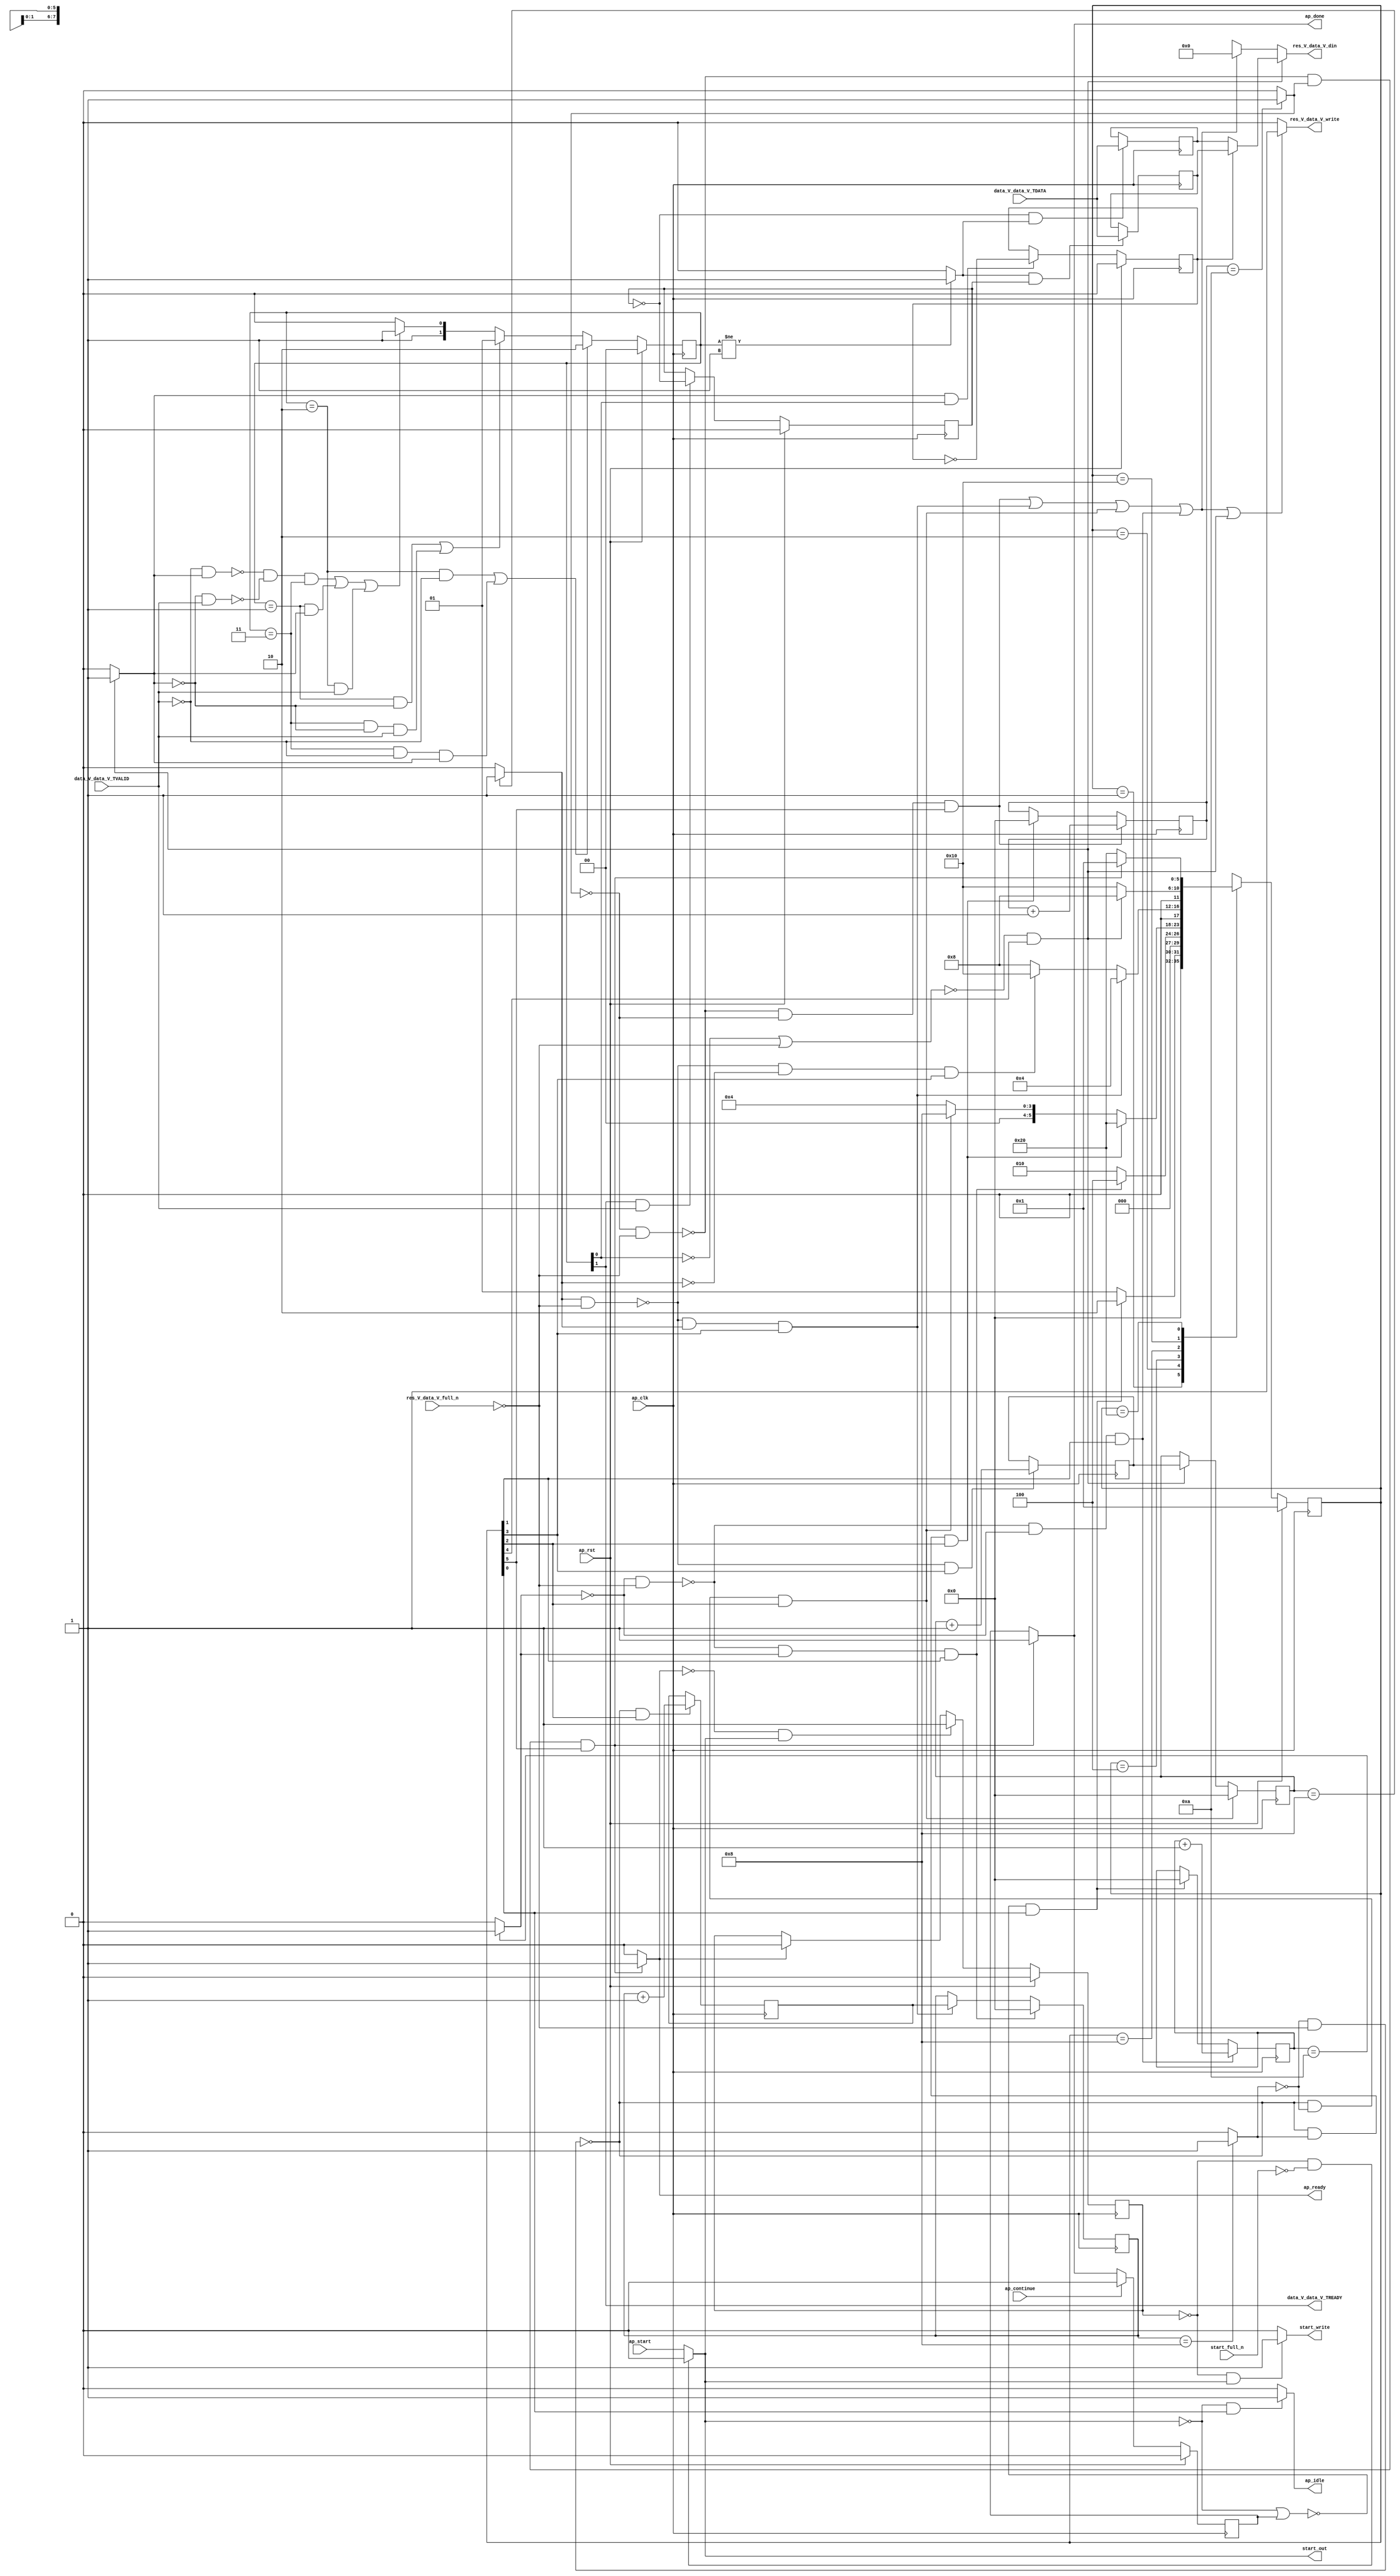
// ==============================================================
// RTL generated by Vivado(TM) HLS - High-Level Synthesis from C, C++ and SystemC
// Version: 2018.2
// Copyright (C) 1986-2018 Xilinx, Inc. All Rights Reserved.
// 
// ===========================================================

`timescale 1 ns / 1 ps 

module zeropad2d_cl_array_array_ap_fixed_1u_config6_s (
        ap_clk,
        ap_rst,
        ap_start,
        start_full_n,
        ap_done,
        ap_continue,
        ap_idle,
        ap_ready,
        start_out,
        start_write,
        data_V_data_V_TDATA,
        data_V_data_V_TVALID,
        data_V_data_V_TREADY,
        res_V_data_V_din,
        res_V_data_V_full_n,
        res_V_data_V_write
);

parameter    ap_ST_fsm_state1 = 6'd1;
parameter    ap_ST_fsm_state2 = 6'd2;
parameter    ap_ST_fsm_state3 = 6'd4;
parameter    ap_ST_fsm_state4 = 6'd8;
parameter    ap_ST_fsm_state5 = 6'd16;
parameter    ap_ST_fsm_state6 = 6'd32;

input   ap_clk;
input   ap_rst;
input   ap_start;
input   start_full_n;
output   ap_done;
input   ap_continue;
output   ap_idle;
output   ap_ready;
output   start_out;
output   start_write;
input  [7:0] data_V_data_V_TDATA;
input   data_V_data_V_TVALID;
output   data_V_data_V_TREADY;
output  [7:0] res_V_data_V_din;
input   res_V_data_V_full_n;
output   res_V_data_V_write;

reg ap_done;
reg ap_idle;
reg start_write;
reg[7:0] res_V_data_V_din;
reg res_V_data_V_write;

reg    real_start;
reg    start_once_reg;
reg    ap_done_reg;
(* fsm_encoding = "none" *) reg   [5:0] ap_CS_fsm;
wire    ap_CS_fsm_state1;
reg    internal_ap_ready;
reg   [7:0] data_V_data_V_0_data_out;
wire    data_V_data_V_0_vld_in;
wire    data_V_data_V_0_vld_out;
wire    data_V_data_V_0_ack_in;
reg    data_V_data_V_0_ack_out;
reg   [7:0] data_V_data_V_0_payload_A;
reg   [7:0] data_V_data_V_0_payload_B;
reg    data_V_data_V_0_sel_rd;
reg    data_V_data_V_0_sel_wr;
wire    data_V_data_V_0_sel;
wire    data_V_data_V_0_load_A;
wire    data_V_data_V_0_load_B;
reg   [1:0] data_V_data_V_0_state;
wire    data_V_data_V_0_state_cmp_full;
reg    data_V_data_V_TDATA_blk_n;
wire    ap_CS_fsm_state5;
reg    res_V_data_V_blk_n;
wire    ap_CS_fsm_state2;
wire   [0:0] tmp_fu_135_p2;
wire    ap_CS_fsm_state3;
wire   [0:0] tmp_3_fu_147_p2;
wire    ap_CS_fsm_state4;
wire   [0:0] tmp_6_fu_159_p2;
wire    ap_CS_fsm_state6;
wire   [0:0] tmp_5_fu_171_p2;
wire   [3:0] j_1_fu_141_p2;
reg    ap_block_state2;
wire   [3:0] i_fu_153_p2;
reg   [3:0] i_reg_194;
reg    ap_block_state3;
wire   [3:0] j_3_fu_165_p2;
reg   [3:0] j_3_reg_202;
reg    ap_block_state4;
wire   [3:0] j_2_fu_177_p2;
reg    ap_block_state6;
reg   [3:0] j_reg_91;
reg    ap_block_state1;
reg   [3:0] i1_reg_102;
reg   [3:0] j3_reg_113;
reg    ap_block_state5;
reg   [3:0] j6_reg_124;
reg   [5:0] ap_NS_fsm;

// power-on initialization
initial begin
#0 start_once_reg = 1'b0;
#0 ap_done_reg = 1'b0;
#0 ap_CS_fsm = 6'd1;
#0 data_V_data_V_0_sel_rd = 1'b0;
#0 data_V_data_V_0_sel_wr = 1'b0;
#0 data_V_data_V_0_state = 2'd0;
end

always @ (posedge ap_clk) begin
    if (ap_rst == 1'b1) begin
        ap_CS_fsm <= ap_ST_fsm_state1;
    end else begin
        ap_CS_fsm <= ap_NS_fsm;
    end
end

always @ (posedge ap_clk) begin
    if (ap_rst == 1'b1) begin
        ap_done_reg <= 1'b0;
    end else begin
        if ((ap_continue == 1'b1)) begin
            ap_done_reg <= 1'b0;
        end else if ((~((tmp_5_fu_171_p2 == 1'd0) & (res_V_data_V_full_n == 1'b0)) & (tmp_5_fu_171_p2 == 1'd1) & (1'b1 == ap_CS_fsm_state6))) begin
            ap_done_reg <= 1'b1;
        end
    end
end

always @ (posedge ap_clk) begin
    if (ap_rst == 1'b1) begin
        data_V_data_V_0_sel_rd <= 1'b0;
    end else begin
        if (((data_V_data_V_0_ack_out == 1'b1) & (data_V_data_V_0_vld_out == 1'b1))) begin
            data_V_data_V_0_sel_rd <= ~data_V_data_V_0_sel_rd;
        end
    end
end

always @ (posedge ap_clk) begin
    if (ap_rst == 1'b1) begin
        data_V_data_V_0_sel_wr <= 1'b0;
    end else begin
        if (((data_V_data_V_0_ack_in == 1'b1) & (data_V_data_V_0_vld_in == 1'b1))) begin
            data_V_data_V_0_sel_wr <= ~data_V_data_V_0_sel_wr;
        end
    end
end

always @ (posedge ap_clk) begin
    if (ap_rst == 1'b1) begin
        data_V_data_V_0_state <= 2'd0;
    end else begin
        if ((((data_V_data_V_0_state == 2'd2) & (data_V_data_V_0_vld_in == 1'b0)) | ((data_V_data_V_0_state == 2'd3) & (data_V_data_V_0_vld_in == 1'b0) & (data_V_data_V_0_ack_out == 1'b1)))) begin
            data_V_data_V_0_state <= 2'd2;
        end else if ((((data_V_data_V_0_state == 2'd1) & (data_V_data_V_0_ack_out == 1'b0)) | ((data_V_data_V_0_state == 2'd3) & (data_V_data_V_0_ack_out == 1'b0) & (data_V_data_V_0_vld_in == 1'b1)))) begin
            data_V_data_V_0_state <= 2'd1;
        end else if (((~((data_V_data_V_0_vld_in == 1'b0) & (data_V_data_V_0_ack_out == 1'b1)) & ~((data_V_data_V_0_ack_out == 1'b0) & (data_V_data_V_0_vld_in == 1'b1)) & (data_V_data_V_0_state == 2'd3)) | ((data_V_data_V_0_state == 2'd1) & (data_V_data_V_0_ack_out == 1'b1)) | ((data_V_data_V_0_state == 2'd2) & (data_V_data_V_0_vld_in == 1'b1)))) begin
            data_V_data_V_0_state <= 2'd3;
        end else begin
            data_V_data_V_0_state <= 2'd2;
        end
    end
end

always @ (posedge ap_clk) begin
    if (ap_rst == 1'b1) begin
        start_once_reg <= 1'b0;
    end else begin
        if (((internal_ap_ready == 1'b0) & (real_start == 1'b1))) begin
            start_once_reg <= 1'b1;
        end else if ((internal_ap_ready == 1'b1)) begin
            start_once_reg <= 1'b0;
        end
    end
end

always @ (posedge ap_clk) begin
    if ((~((tmp_fu_135_p2 == 1'd0) & (res_V_data_V_full_n == 1'b0)) & (tmp_fu_135_p2 == 1'd1) & (1'b1 == ap_CS_fsm_state2))) begin
        i1_reg_102 <= 4'd0;
    end else if ((~((tmp_6_fu_159_p2 == 1'd1) & (res_V_data_V_full_n == 1'b0)) & (tmp_6_fu_159_p2 == 1'd1) & (1'b1 == ap_CS_fsm_state4))) begin
        i1_reg_102 <= i_reg_194;
    end
end

always @ (posedge ap_clk) begin
    if ((~((tmp_3_fu_147_p2 == 1'd0) & (res_V_data_V_full_n == 1'b0)) & (tmp_3_fu_147_p2 == 1'd0) & (1'b1 == ap_CS_fsm_state3))) begin
        j3_reg_113 <= 4'd0;
    end else if ((~((data_V_data_V_0_vld_out == 1'b0) | (res_V_data_V_full_n == 1'b0)) & (1'b1 == ap_CS_fsm_state5))) begin
        j3_reg_113 <= j_3_reg_202;
    end
end

always @ (posedge ap_clk) begin
    if ((~((tmp_5_fu_171_p2 == 1'd0) & (res_V_data_V_full_n == 1'b0)) & (tmp_5_fu_171_p2 == 1'd0) & (1'b1 == ap_CS_fsm_state6))) begin
        j6_reg_124 <= j_2_fu_177_p2;
    end else if ((~((tmp_3_fu_147_p2 == 1'd0) & (res_V_data_V_full_n == 1'b0)) & (tmp_3_fu_147_p2 == 1'd1) & (1'b1 == ap_CS_fsm_state3))) begin
        j6_reg_124 <= 4'd0;
    end
end

always @ (posedge ap_clk) begin
    if ((~((tmp_fu_135_p2 == 1'd0) & (res_V_data_V_full_n == 1'b0)) & (tmp_fu_135_p2 == 1'd0) & (1'b1 == ap_CS_fsm_state2))) begin
        j_reg_91 <= j_1_fu_141_p2;
    end else if ((~((real_start == 1'b0) | (ap_done_reg == 1'b1)) & (1'b1 == ap_CS_fsm_state1))) begin
        j_reg_91 <= 4'd0;
    end
end

always @ (posedge ap_clk) begin
    if ((data_V_data_V_0_load_A == 1'b1)) begin
        data_V_data_V_0_payload_A <= data_V_data_V_TDATA;
    end
end

always @ (posedge ap_clk) begin
    if ((data_V_data_V_0_load_B == 1'b1)) begin
        data_V_data_V_0_payload_B <= data_V_data_V_TDATA;
    end
end

always @ (posedge ap_clk) begin
    if ((~((tmp_3_fu_147_p2 == 1'd0) & (res_V_data_V_full_n == 1'b0)) & (1'b1 == ap_CS_fsm_state3))) begin
        i_reg_194 <= i_fu_153_p2;
    end
end

always @ (posedge ap_clk) begin
    if ((~((tmp_6_fu_159_p2 == 1'd1) & (res_V_data_V_full_n == 1'b0)) & (1'b1 == ap_CS_fsm_state4))) begin
        j_3_reg_202 <= j_3_fu_165_p2;
    end
end

always @ (*) begin
    if ((~((tmp_5_fu_171_p2 == 1'd0) & (res_V_data_V_full_n == 1'b0)) & (tmp_5_fu_171_p2 == 1'd1) & (1'b1 == ap_CS_fsm_state6))) begin
        ap_done = 1'b1;
    end else begin
        ap_done = ap_done_reg;
    end
end

always @ (*) begin
    if (((real_start == 1'b0) & (1'b1 == ap_CS_fsm_state1))) begin
        ap_idle = 1'b1;
    end else begin
        ap_idle = 1'b0;
    end
end

always @ (*) begin
    if ((~((data_V_data_V_0_vld_out == 1'b0) | (res_V_data_V_full_n == 1'b0)) & (1'b1 == ap_CS_fsm_state5))) begin
        data_V_data_V_0_ack_out = 1'b1;
    end else begin
        data_V_data_V_0_ack_out = 1'b0;
    end
end

always @ (*) begin
    if ((data_V_data_V_0_sel == 1'b1)) begin
        data_V_data_V_0_data_out = data_V_data_V_0_payload_B;
    end else begin
        data_V_data_V_0_data_out = data_V_data_V_0_payload_A;
    end
end

always @ (*) begin
    if ((1'b1 == ap_CS_fsm_state5)) begin
        data_V_data_V_TDATA_blk_n = data_V_data_V_0_state[1'd0];
    end else begin
        data_V_data_V_TDATA_blk_n = 1'b1;
    end
end

always @ (*) begin
    if ((~((tmp_5_fu_171_p2 == 1'd0) & (res_V_data_V_full_n == 1'b0)) & (tmp_5_fu_171_p2 == 1'd1) & (1'b1 == ap_CS_fsm_state6))) begin
        internal_ap_ready = 1'b1;
    end else begin
        internal_ap_ready = 1'b0;
    end
end

always @ (*) begin
    if (((start_once_reg == 1'b0) & (start_full_n == 1'b0))) begin
        real_start = 1'b0;
    end else begin
        real_start = ap_start;
    end
end

always @ (*) begin
    if (((1'b1 == ap_CS_fsm_state5) | ((tmp_5_fu_171_p2 == 1'd0) & (1'b1 == ap_CS_fsm_state6)) | ((tmp_6_fu_159_p2 == 1'd1) & (1'b1 == ap_CS_fsm_state4)) | ((tmp_3_fu_147_p2 == 1'd0) & (1'b1 == ap_CS_fsm_state3)) | ((tmp_fu_135_p2 == 1'd0) & (1'b1 == ap_CS_fsm_state2)))) begin
        res_V_data_V_blk_n = res_V_data_V_full_n;
    end else begin
        res_V_data_V_blk_n = 1'b1;
    end
end

always @ (*) begin
    if ((~((data_V_data_V_0_vld_out == 1'b0) | (res_V_data_V_full_n == 1'b0)) & (1'b1 == ap_CS_fsm_state5))) begin
        res_V_data_V_din = data_V_data_V_0_data_out;
    end else if (((~((tmp_5_fu_171_p2 == 1'd0) & (res_V_data_V_full_n == 1'b0)) & (tmp_5_fu_171_p2 == 1'd0) & (1'b1 == ap_CS_fsm_state6)) | (~((tmp_6_fu_159_p2 == 1'd1) & (res_V_data_V_full_n == 1'b0)) & (tmp_6_fu_159_p2 == 1'd1) & (1'b1 == ap_CS_fsm_state4)) | (~((tmp_3_fu_147_p2 == 1'd0) & (res_V_data_V_full_n == 1'b0)) & (tmp_3_fu_147_p2 == 1'd0) & (1'b1 == ap_CS_fsm_state3)) | (~((tmp_fu_135_p2 == 1'd0) & (res_V_data_V_full_n == 1'b0)) & (tmp_fu_135_p2 == 1'd0) & (1'b1 == ap_CS_fsm_state2)))) begin
        res_V_data_V_din = 8'd0;
    end else begin
        res_V_data_V_din = 'bx;
    end
end

always @ (*) begin
    if (((~((tmp_5_fu_171_p2 == 1'd0) & (res_V_data_V_full_n == 1'b0)) & (tmp_5_fu_171_p2 == 1'd0) & (1'b1 == ap_CS_fsm_state6)) | (~((tmp_6_fu_159_p2 == 1'd1) & (res_V_data_V_full_n == 1'b0)) & (tmp_6_fu_159_p2 == 1'd1) & (1'b1 == ap_CS_fsm_state4)) | (~((tmp_3_fu_147_p2 == 1'd0) & (res_V_data_V_full_n == 1'b0)) & (tmp_3_fu_147_p2 == 1'd0) & (1'b1 == ap_CS_fsm_state3)) | (~((tmp_fu_135_p2 == 1'd0) & (res_V_data_V_full_n == 1'b0)) & (tmp_fu_135_p2 == 1'd0) & (1'b1 == ap_CS_fsm_state2)) | (~((data_V_data_V_0_vld_out == 1'b0) | (res_V_data_V_full_n == 1'b0)) & (1'b1 == ap_CS_fsm_state5)))) begin
        res_V_data_V_write = 1'b1;
    end else begin
        res_V_data_V_write = 1'b0;
    end
end

always @ (*) begin
    if (((start_once_reg == 1'b0) & (real_start == 1'b1))) begin
        start_write = 1'b1;
    end else begin
        start_write = 1'b0;
    end
end

always @ (*) begin
    case (ap_CS_fsm)
        ap_ST_fsm_state1 : begin
            if ((~((real_start == 1'b0) | (ap_done_reg == 1'b1)) & (1'b1 == ap_CS_fsm_state1))) begin
                ap_NS_fsm = ap_ST_fsm_state2;
            end else begin
                ap_NS_fsm = ap_ST_fsm_state1;
            end
        end
        ap_ST_fsm_state2 : begin
            if ((~((tmp_fu_135_p2 == 1'd0) & (res_V_data_V_full_n == 1'b0)) & (tmp_fu_135_p2 == 1'd1) & (1'b1 == ap_CS_fsm_state2))) begin
                ap_NS_fsm = ap_ST_fsm_state3;
            end else if ((~((tmp_fu_135_p2 == 1'd0) & (res_V_data_V_full_n == 1'b0)) & (tmp_fu_135_p2 == 1'd0) & (1'b1 == ap_CS_fsm_state2))) begin
                ap_NS_fsm = ap_ST_fsm_state2;
            end else begin
                ap_NS_fsm = ap_ST_fsm_state2;
            end
        end
        ap_ST_fsm_state3 : begin
            if ((~((tmp_3_fu_147_p2 == 1'd0) & (res_V_data_V_full_n == 1'b0)) & (tmp_3_fu_147_p2 == 1'd1) & (1'b1 == ap_CS_fsm_state3))) begin
                ap_NS_fsm = ap_ST_fsm_state6;
            end else if ((~((tmp_3_fu_147_p2 == 1'd0) & (res_V_data_V_full_n == 1'b0)) & (tmp_3_fu_147_p2 == 1'd0) & (1'b1 == ap_CS_fsm_state3))) begin
                ap_NS_fsm = ap_ST_fsm_state4;
            end else begin
                ap_NS_fsm = ap_ST_fsm_state3;
            end
        end
        ap_ST_fsm_state4 : begin
            if ((~((tmp_6_fu_159_p2 == 1'd1) & (res_V_data_V_full_n == 1'b0)) & (tmp_6_fu_159_p2 == 1'd1) & (1'b1 == ap_CS_fsm_state4))) begin
                ap_NS_fsm = ap_ST_fsm_state3;
            end else if ((~((tmp_6_fu_159_p2 == 1'd1) & (res_V_data_V_full_n == 1'b0)) & (tmp_6_fu_159_p2 == 1'd0) & (1'b1 == ap_CS_fsm_state4))) begin
                ap_NS_fsm = ap_ST_fsm_state5;
            end else begin
                ap_NS_fsm = ap_ST_fsm_state4;
            end
        end
        ap_ST_fsm_state5 : begin
            if ((~((data_V_data_V_0_vld_out == 1'b0) | (res_V_data_V_full_n == 1'b0)) & (1'b1 == ap_CS_fsm_state5))) begin
                ap_NS_fsm = ap_ST_fsm_state4;
            end else begin
                ap_NS_fsm = ap_ST_fsm_state5;
            end
        end
        ap_ST_fsm_state6 : begin
            if ((~((tmp_5_fu_171_p2 == 1'd0) & (res_V_data_V_full_n == 1'b0)) & (tmp_5_fu_171_p2 == 1'd1) & (1'b1 == ap_CS_fsm_state6))) begin
                ap_NS_fsm = ap_ST_fsm_state1;
            end else if ((~((tmp_5_fu_171_p2 == 1'd0) & (res_V_data_V_full_n == 1'b0)) & (tmp_5_fu_171_p2 == 1'd0) & (1'b1 == ap_CS_fsm_state6))) begin
                ap_NS_fsm = ap_ST_fsm_state6;
            end else begin
                ap_NS_fsm = ap_ST_fsm_state6;
            end
        end
        default : begin
            ap_NS_fsm = 'bx;
        end
    endcase
end

assign ap_CS_fsm_state1 = ap_CS_fsm[32'd0];

assign ap_CS_fsm_state2 = ap_CS_fsm[32'd1];

assign ap_CS_fsm_state3 = ap_CS_fsm[32'd2];

assign ap_CS_fsm_state4 = ap_CS_fsm[32'd3];

assign ap_CS_fsm_state5 = ap_CS_fsm[32'd4];

assign ap_CS_fsm_state6 = ap_CS_fsm[32'd5];

always @ (*) begin
    ap_block_state1 = ((real_start == 1'b0) | (ap_done_reg == 1'b1));
end

always @ (*) begin
    ap_block_state2 = ((tmp_fu_135_p2 == 1'd0) & (res_V_data_V_full_n == 1'b0));
end

always @ (*) begin
    ap_block_state3 = ((tmp_3_fu_147_p2 == 1'd0) & (res_V_data_V_full_n == 1'b0));
end

always @ (*) begin
    ap_block_state4 = ((tmp_6_fu_159_p2 == 1'd1) & (res_V_data_V_full_n == 1'b0));
end

always @ (*) begin
    ap_block_state5 = ((data_V_data_V_0_vld_out == 1'b0) | (res_V_data_V_full_n == 1'b0));
end

always @ (*) begin
    ap_block_state6 = ((tmp_5_fu_171_p2 == 1'd0) & (res_V_data_V_full_n == 1'b0));
end

assign ap_ready = internal_ap_ready;

assign data_V_data_V_0_ack_in = data_V_data_V_0_state[1'd1];

assign data_V_data_V_0_load_A = (~data_V_data_V_0_sel_wr & data_V_data_V_0_state_cmp_full);

assign data_V_data_V_0_load_B = (data_V_data_V_0_state_cmp_full & data_V_data_V_0_sel_wr);

assign data_V_data_V_0_sel = data_V_data_V_0_sel_rd;

assign data_V_data_V_0_state_cmp_full = ((data_V_data_V_0_state != 2'd1) ? 1'b1 : 1'b0);

assign data_V_data_V_0_vld_in = data_V_data_V_TVALID;

assign data_V_data_V_0_vld_out = data_V_data_V_0_state[1'd0];

assign data_V_data_V_TREADY = data_V_data_V_0_state[1'd1];

assign i_fu_153_p2 = (i1_reg_102 + 4'd1);

assign j_1_fu_141_p2 = (j_reg_91 + 4'd1);

assign j_2_fu_177_p2 = (j6_reg_124 + 4'd1);

assign j_3_fu_165_p2 = (j3_reg_113 + 4'd1);

assign start_out = real_start;

assign tmp_3_fu_147_p2 = ((i1_reg_102 == 4'd8) ? 1'b1 : 1'b0);

assign tmp_5_fu_171_p2 = ((j6_reg_124 == 4'd10) ? 1'b1 : 1'b0);

assign tmp_6_fu_159_p2 = ((j3_reg_113 == 4'd8) ? 1'b1 : 1'b0);

assign tmp_fu_135_p2 = ((j_reg_91 == 4'd10) ? 1'b1 : 1'b0);

endmodule //zeropad2d_cl_array_array_ap_fixed_1u_config6_s